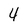
Character: 4